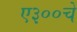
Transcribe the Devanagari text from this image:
ए३००चे